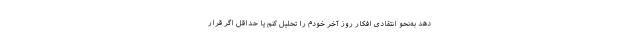
دهد به‌نحو انتقادی افکار روز آخر خودم را تحلیل کنم یا حداقل اگر قرار